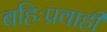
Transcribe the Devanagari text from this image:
बहिःप्रवाही